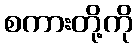
စကားတို့ကို